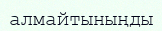
алмайтыныңды